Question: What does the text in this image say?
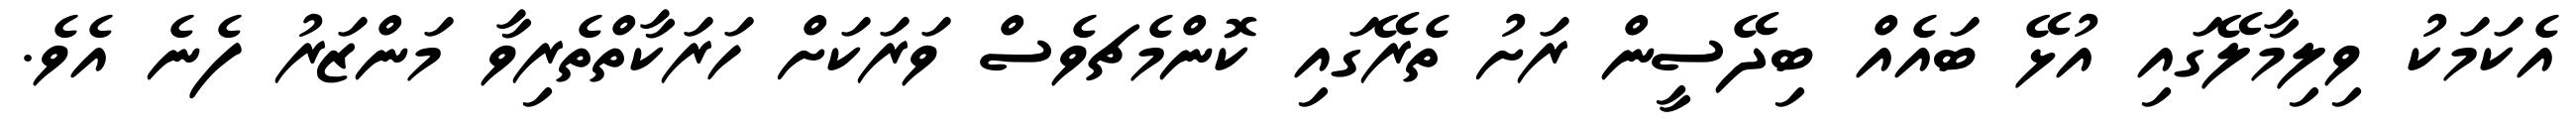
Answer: އެކަމަކު ވިލިމާލޭގައި އުޅޭ ބައެއް ބިދޭސީން ރަށު ތެރޭގައި ކޮންމެޗވެސް ވަރަކަށް ހަރަކާތްތެރިވާ މަންޒަރު ފެނެ އެވެ.